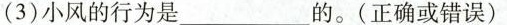
(3)小风的行为是___的。(正确或错误)